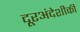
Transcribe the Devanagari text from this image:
दूरअंदेशीकी